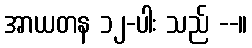
အာယတန ၁၂-ပါး သည် --။